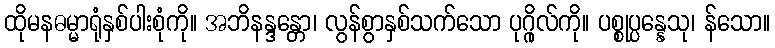
ထိုမနဓမ္မာရုံနှစ်ပါးစုံကို။ အဘိနန္ဒန္တော၊ လွန်စွာနှစ်သက်သော ပုဂ္ဂိုလ်ကို။ ပစ္စုပ္ပန္နေသု၊ န်သော။